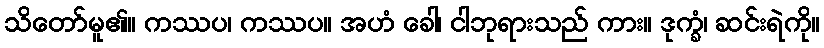
သိတော်မူ၏။ ကဿပ၊ ကဿပ။ အဟံ ခေါ၊ ငါဘုရားသည် ကား။ ဒုက္ခံ၊ ဆင်းရဲကို။